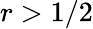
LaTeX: r>1/2